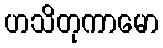
ဟသိတုကာမော